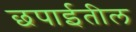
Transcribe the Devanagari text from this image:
छपाईतील